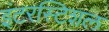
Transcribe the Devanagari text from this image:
इंटरस्टिशल